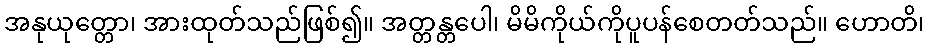
အနုယုတ္တော၊ အားထုတ်သည်ဖြစ်၍။ အတ္တန္တပေါ၊ မိမိကိုယ်ကိုပူပန်စေတတ်သည်။ ဟောတိ၊